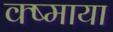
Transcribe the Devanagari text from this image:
क्ष्माया